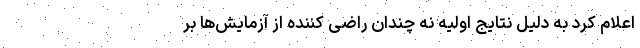
اعلام کرد به دلیل نتایج اولیه نه چندان راضی کننده از آزمایش‌ها بر